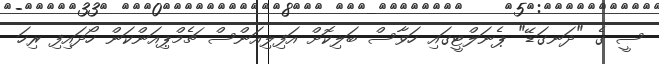
ސީ ގެ "ދަނގަޑޭ" ޕެނަލްޓީގައި ހަވާސް ބަލިކޮށް އަފިލިއަންސް ޗެމްޕިއަންކަން ހޯދައިފި ރިހަ